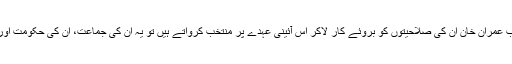
اور اگر چیئرمین پاکستان تحریک انصاف جناب عمران خان اُن کی صلاحیتوں کو بروئے کار لاکر اس آئینی عہدے پر منتخب کرواتے ہیں تو یہ اُن کی جماعت، اُن کی حکومت اور پاکستان کے لیے کامیابی کا سبب ثابت ہوگا۔